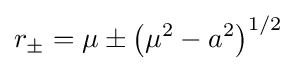
r_{\pm }=\mu \pm \left(\mu ^{2}-a^{2}\right)^{1/2}